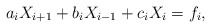
\begin{align*}a_iX_{i+1}+b_iX_{i-1}+c_iX_i=f_i, \end{align*}